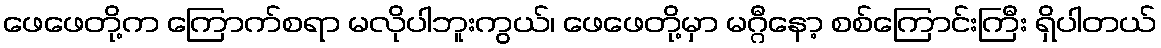
ဖေဖေတို့က ကြောက်စရာ မလိုပါဘူးကွယ်၊ ဖေဖေတို့မှာ မဂ္ဂီနော့ စစ်ကြောင်းကြီး ရှိပါတယ်